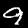
Digit: 9